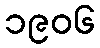
၁၉၀၆